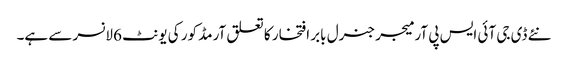
نئے ڈی جی آئی ایس پی آر میجر جنرل بابر افتخار کا تعلق آرمڈ کور کی یونٹ 6 لانسر سے ہے۔